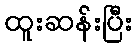
ထူးဆန်းပြီး